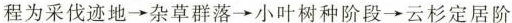
程为采伐迹地\rightarrow 杂草群落\rightarrow 小叶树种阶段\rightarrow 云杉定居阶